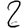
Digit: 2